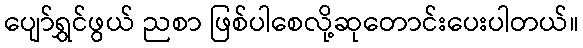
ပျော်ရွှင်ဖွယ် ညစာ ဖြစ်ပါစေလို့ဆုတောင်းပေးပါတယ်။